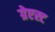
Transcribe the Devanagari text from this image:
ग्रेएस्ट